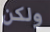
ولكن